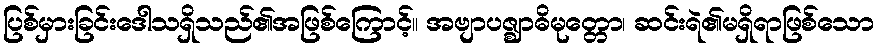
ပြစ်မှားခြင်းဒေါသရှိသည်၏အဖြစ်ကြောင့်။ အဗျာပဇ္ဈာဓိမုတ္တော၊ ဆင်းရဲ၏မရှိရာဖြစ်သော